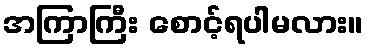
အကြာကြီး စောင့်ရပါမလား။